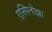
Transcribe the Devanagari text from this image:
एस्पिनोझा